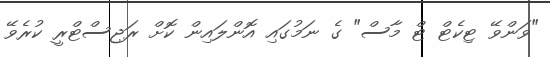
"ވަންވޭ ޓިކެޓް ޓް މާސް" ގެ ނަމުގައި އޮންލައިން ކޮށް ރަޖިސްޓްރީ ކުރެވޭ